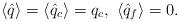
LaTeX: \begin{align*}\langle \hat{q} \rangle = \langle \hat{q}_c \rangle = q_c,{}~ \langle \hat{q}_f \rangle = 0.\end{align*}